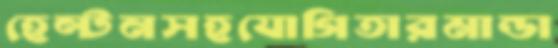
হেল্টনসহযোগিতারমান্ডা